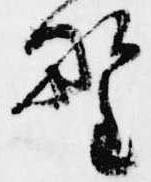
野